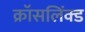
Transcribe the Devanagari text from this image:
क्रॉसलिंक्ड